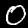
Digit: 0